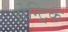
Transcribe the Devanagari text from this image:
सेन्ट्रिक